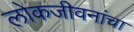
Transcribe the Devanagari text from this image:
लोकजीवनांचा